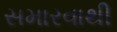
સમારવાથી